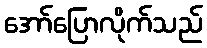
အော်ပြောလိုက်သည်